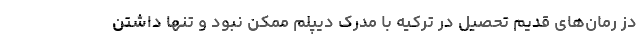
دز رمان‌های قدیم تحصیل در ترکیه با مدرک دیپلم ممکن نبود و تنها داشتن